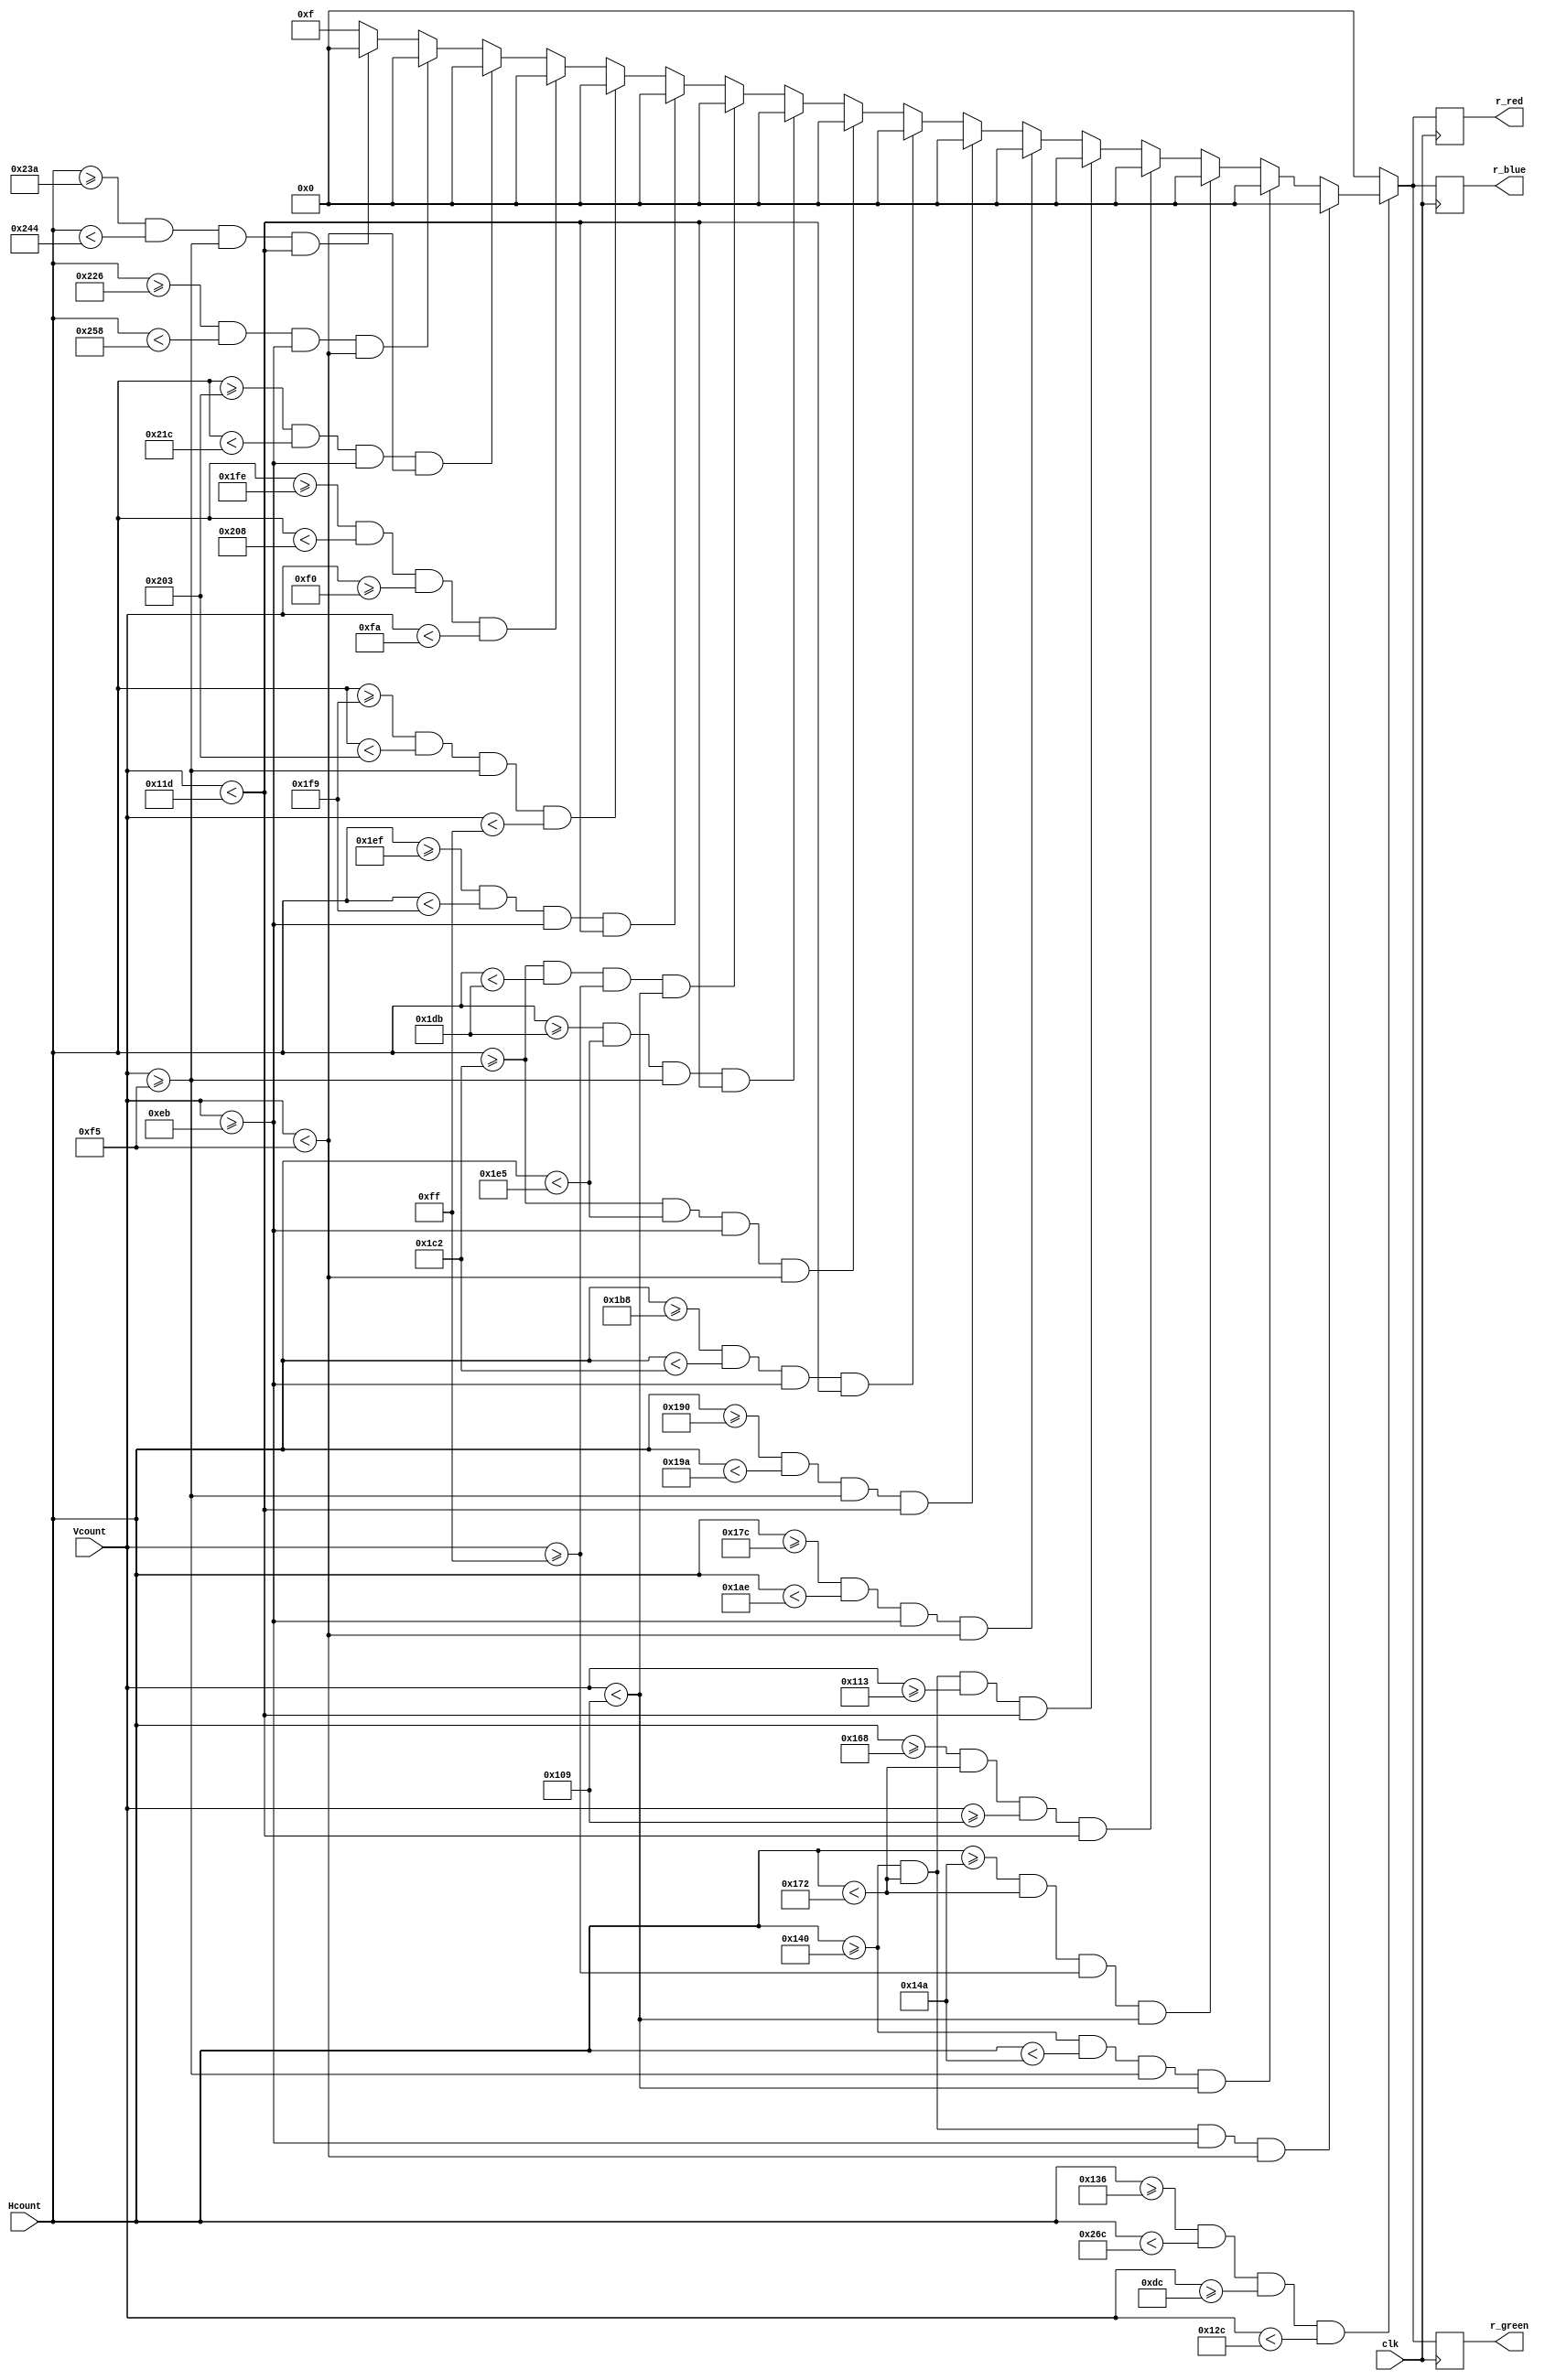
`timescale 1ns / 1ps
//////////////////////////////////////////////////////////////////////////////////
// Company: 
// Engineer: 
// 
// Design Name: 
// Module Name: mainmenu
// Project Name: 
// Target Devices: 
// Tool Versions: 
// Description: 
// 
// Dependencies: 
// 
// Revision:
// Revision 0.01 - File Created
// Additional Comments:
// 
//////////////////////////////////////////////////////////////////////////////////


module mainmenu(
    input clk,
    input [15:0] Hcount,
    input [15:0] Vcount,
    output reg [3:0] r_red,
    output reg [3:0] r_blue,
    output reg [3:0] r_green
    );
    
    always @(posedge clk) begin
        if(Hcount>=310 && Hcount<620 && Vcount>=220 && Vcount<300) begin
            if(Hcount>=320 && Hcount<370 && Vcount>=235 && Vcount<245) begin
                r_red<=4'h0;
                r_blue<=4'h0;
                r_green<=4'h0;
            end
            else if(Hcount>=320 && Hcount<330 && Vcount>=245 && Vcount<265) begin
                r_red<=4'h0;
                r_blue<=4'h0;
                r_green<=4'h0;
            end
            else if(Hcount>=330 && Hcount<370 && Vcount>=255 && Vcount<265) begin
                r_red<=4'h0;
                r_blue<=4'h0;
                r_green<=4'h0;
            end
            else if(Hcount>=360 && Hcount<370 && Vcount>=265 && Vcount<285) begin
                r_red<=4'h0;
                r_blue<=4'h0;
                r_green<=4'h0;
            end
            else if(Hcount>=320 && Hcount<370 && Vcount>=275 && Vcount<285) begin
                r_red<=4'h0;
                r_blue<=4'h0;
                r_green<=4'h0;
            end
            //T
            else if(Hcount>=380 && Hcount<430 && Vcount>=235 && Vcount<245) begin
                r_red<=4'h0;
                r_blue<=4'h0;
                r_green<=4'h0;
            end
            else if(Hcount>=400 && Hcount<410 && Vcount>=245 && Vcount<285) begin
                r_red<=4'h0;
                r_blue<=4'h0;
                r_green<=4'h0;
            end
            //A
            else if(Hcount>=440 && Hcount<450 && Vcount>=235 && Vcount<285) begin
                r_red<=4'h0;
                r_blue<=4'h0;
                r_green<=4'h0;
            end
            else if(Hcount>=450 && Hcount<485 && Vcount>=235 && Vcount<245) begin
                r_red<=4'h0;
                r_blue<=4'h0;
                r_green<=4'h0;
            end
            else if(Hcount>=475 && Hcount<485 && Vcount>=245 && Vcount<285) begin
                r_red<=4'h0;
                r_blue<=4'h0;
                r_green<=4'h0;
            end
            else if(Hcount>=450 && Hcount<475 && Vcount>=255 && Vcount<265) begin
                r_red<=4'h0;
                r_blue<=4'h0;
                r_green<=4'h0;
            end
            //r
            else if(Hcount>=495 && Hcount<505 && Vcount>=235 && Vcount<285) begin
                r_red<=4'h0;
                r_blue<=4'h0;
                r_green<=4'h0;
            end
            else if(Hcount>=505 && Hcount<515 && Vcount>=245 && Vcount<255) begin
                r_red<=4'h0;
                r_blue<=4'h0;
                r_green<=4'h0;
            end
            else if(Hcount>=510 && Hcount<520 && Vcount>=240 && Vcount<250) begin
                r_red<=4'h0;
                r_blue<=4'h0;
                r_green<=4'h0;
            end
            else if(Hcount>=515 && Hcount<540 && Vcount>=235 && Vcount<245) begin
                r_red<=4'h0;
                r_blue<=4'h0;
                r_green<=4'h0;
            end
            //T
            else if(Hcount>=550 && Hcount<600 && Vcount>=235 && Vcount<245) begin
                r_red<=4'h0;
                r_blue<=4'h0;
                r_green<=4'h0;
            end
            else if(Hcount>=570 && Hcount<580 && Vcount>=245 && Vcount<285) begin
                r_red<=4'h0;
                r_blue<=4'h0;
                r_green<=4'h0;
            end
            else begin
                r_red<=4'hF;
                r_blue<=4'hF;
                r_green<=4'hF;
            end
        end
        else begin
            r_red<=4'h0;
            r_blue<=4'h0;
            r_green<=4'h0;
        end
    end
endmodule